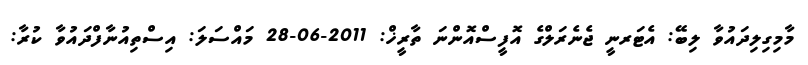
މާމިގިލިދައުވާ ލިބޭ: އެޓަރނީ ޖެނެރަލްގެ އޮފީސްއޮންނަ ތާރީޚް: 2011-06-28 މައްސަލަ: އިސްތިއުނާފްދައުވާ ކުރާ: